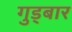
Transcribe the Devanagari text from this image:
गुड्बार